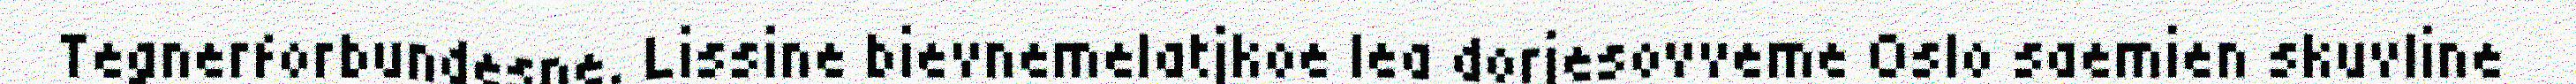
Tegnerforbundesne. Lissine bievnemelatjkoe lea dorjesovveme Oslo saemien skuvline